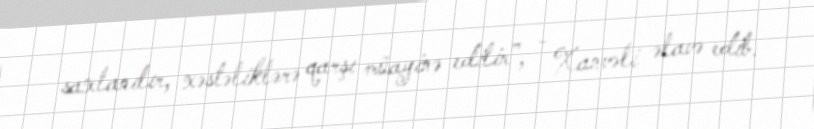
saxlanılır, xəstəliklərə qarşı müayinə edilir”, - Xanvəli əlavə edib.